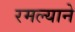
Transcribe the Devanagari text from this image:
रमल्याने